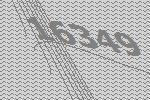
16349